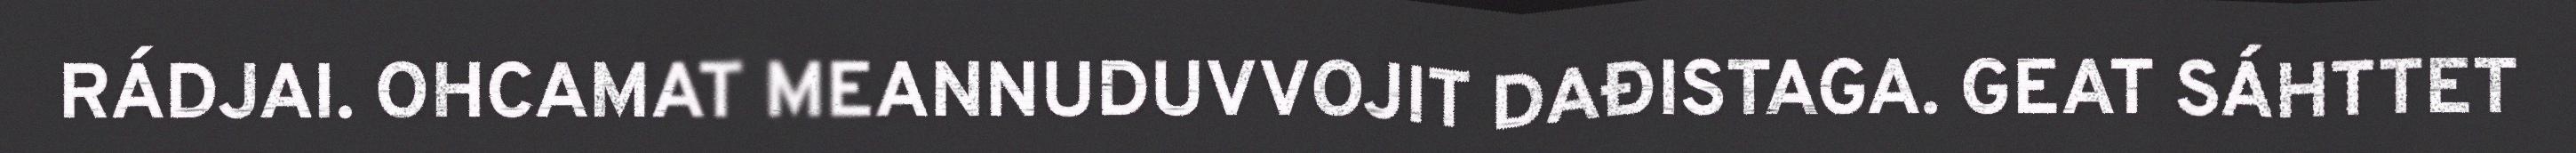
RÁDJAI. OHCAMAT MEANNUDUVVOJIT DAĐISTAGA. GEAT SÁHTTET